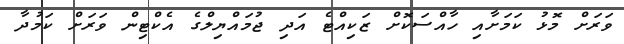
ވަރަށް މޮޅު ކަމަށާއި ހާއްސަކޮށް ޒަކިއްޓެ އަދި ޖުމައްޔިލްގެ އެކްޓިން ވަރަށް ކަމުދާ